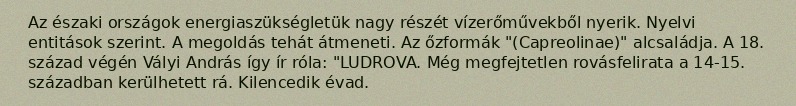
Az északi országok energiaszükségletük nagy részét vízerőművekből nyerik. Nyelvi entitások szerint. A megoldás tehát átmeneti. Az őzformák "(Capreolinae)" alcsaládja. A 18. század végén Vályi András így ír róla: "LUDROVA. Még megfejtetlen rovásfelirata a 14-15. században kerülhetett rá. Kilencedik évad.